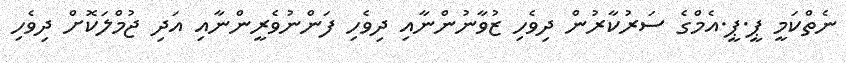
ނެތްކަމީ ޕީ.ޕީ.އެމްގެ ސަރުކާރުން ދިވެހި ޒުވާނުންނާއި ދިވެހި ފަންނުވެރީންނާއި އަދި ޖުމްލަކޮށް ދިވެހި